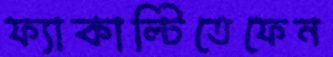
ফ্যাকাল্টিতেফেন